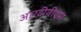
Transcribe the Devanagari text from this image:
आरटीवीएस